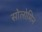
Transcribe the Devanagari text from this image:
सोलोमिन